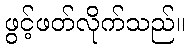
ဖွင့်ဖတ်လိုက်သည်။